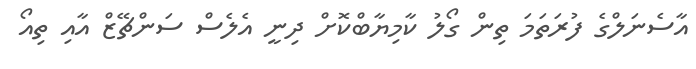
އާސެނަލްގެ ފުރަތަމަ ތިން ގޯލު ކާމިޔާބްކޮށް ދިނީ އެލެސް ސަންޗޭޒް އާއި ތިއޯ